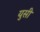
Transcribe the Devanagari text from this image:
युसी